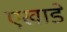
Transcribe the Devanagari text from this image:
एखाडे